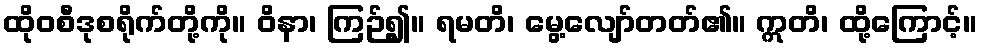
ထိုဝစီဒုစရိုက်တို့ကို။ ဝိနာ၊ ကြဉ်၍။ ရမတိ၊ မွေ့လျော်တတ်၏။ ဣတိ၊ ထို့ကြောင့်။